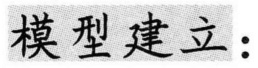
模型建立：